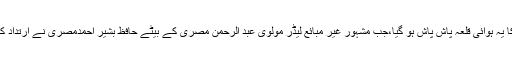
مگر تلخ حقیقت یہ ہے کہ 11 فروری 1968ء کوتبلیغ اسلام کا یہ ہوائی قلعہ پاش پاش ہو گیا،جب مشہور غیر مبائع لیڈر مولوی عبد الرحمٰن مصری کے بیٹے حافظ بشیر احمدمصری نے ارتداد کا اعلان کرکے ووکنگ مشن دشمنان احمدیت کے سپرد کر دیا۔